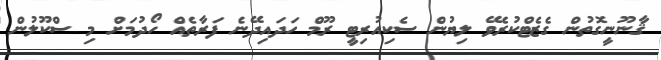
ޤާނޫނީގޮތުން ގެޒެޓްކުރެވޭ ލިޔުން ސެކިއުރިޓީ ރޫމް ހަދައިދޭނެ ފަރާތެއް ހޯދުމަށް މި ސްކޫލުން